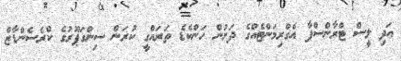
އަދި ލީސް ޓްރާންސްފާ އެގްރިމަންޓެއްގެ ދަށުން ހަންކެޑެ ތަރައްގީ ކުރަން ސިންގަޕޫރުގެ ކްރެސެންޑާޒް